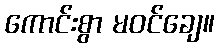
ကောင်းစွာ မဝင်ချေ။